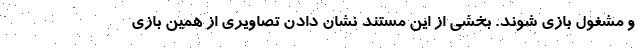
و مشغول بازی شوند. بخشی از این مستند نشان دادن تصاویری از همین بازی